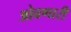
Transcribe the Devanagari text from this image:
ओवणारी